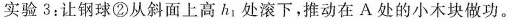
实验3：让钢球②从斜面上高 h_{1} 处滚下，推动在 A 处的小木块做功。